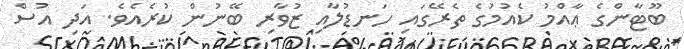
ބޫޓާންގެ ޢާއްމު ކެއުމުގެ ތެރޭގައި ހަނޑުލާއި ޒުވާރި ބޭނުން ކުރެއެވެ. އަދި އުސް